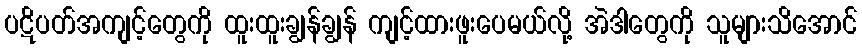
ပဋိပတ်အကျင့်တွေကို ထူးထူးချွန်ချွန် ကျင့်ထားဖူးပေမယ်လို့ အဲဒါတွေကို သူများသိအောင်